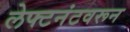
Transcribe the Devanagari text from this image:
लेफ्टनंटवरून